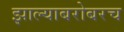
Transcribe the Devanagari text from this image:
झाल्याबरोबरच